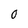
Character: O